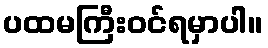
ပထမကြီးဝင်ရမှာပါ။